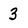
Character: 3